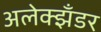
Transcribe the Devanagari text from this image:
अलेक्झँडर